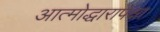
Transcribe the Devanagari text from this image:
आत्मोद्धारापेक्षा